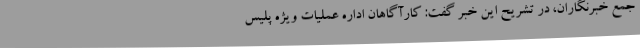
جمع خبرنگاران، در تشریح این خبر گفت: کارآگاهان اداره عملیات ویژه پلیس